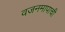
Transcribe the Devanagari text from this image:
वजनमापाची